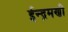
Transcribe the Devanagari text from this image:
ईन्द्रमणी